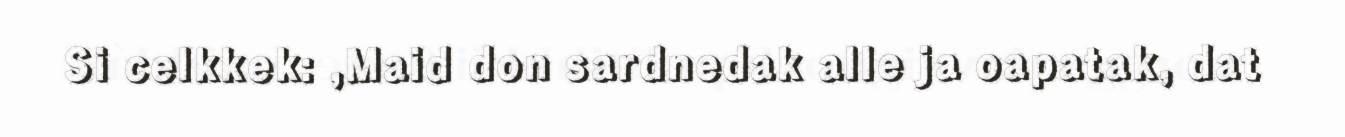
Si celkkek: ,Maid don sardnedak alle ja oapatak, dat